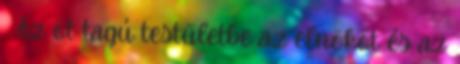
. Az öt tagú testületbe az elnököt és az